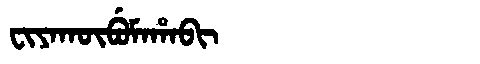
Manchu: ᠸᡳᠶᠠᡴᡡᠪᡠᠮᠠᡥᠠᠪᡳ
Romanization: FIYAKŪBUMAHABI